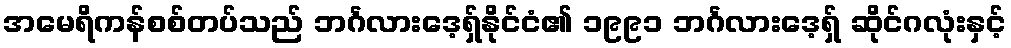
အမေရိကန်စစ်တပ်သည် ဘင်္ဂလားဒေ့ရှ်နိုင်ငံ၏ ၁၉၉၁ ဘင်္ဂလားဒေ့ရှ် ဆိုင်ဂလုံးနှင့်